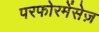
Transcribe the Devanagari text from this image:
परफोरमेंसेज़